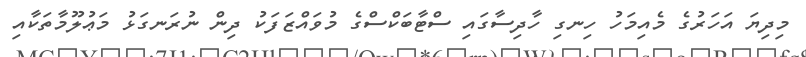
މިދިޔަ އަހަރުގެ މެއިމަހު ހިނގި ހާދިސާގައި ސްޓާބަކްސްގެ މުވައްޒަފަކު ދިން ނުރަނގަޅު މަޢުލޫމާތަކާއި